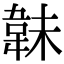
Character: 𩎟